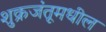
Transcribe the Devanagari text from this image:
शुक्रजंतूमधील